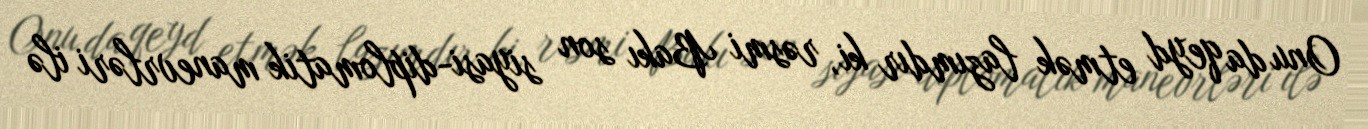
Onu da qeyd etmək lazımdır ki, rəsmi Bakı son siyasi-diplomatik manevrləri ilə